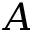
{ \cal A }